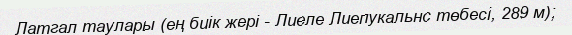
Латгал таулары (ең биік жері - Лиеле Лиепукальнс төбесі, 289 м);